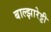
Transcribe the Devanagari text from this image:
बाल्झारेट्टी